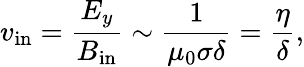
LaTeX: v_{\mathrm{in}}={\frac{E_{y}}{B_{\mathrm{in}}}}\sim{\frac{1}{\mu_{0}\sigma\delta}}={\frac{\eta}{\delta}},